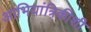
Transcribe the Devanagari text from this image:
आभियांत्रिकीशी